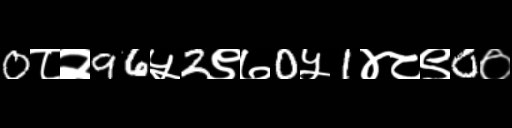
Text: 0८२96५2९७0५1४८९0०